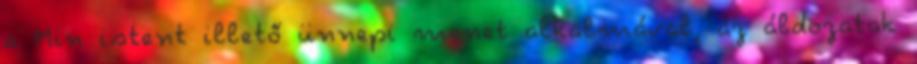
a Min istent illető ünnepi menet alkalmával, az áldozatok